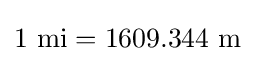
\mathrm {1~mi} =\mathrm {1609.344~m}